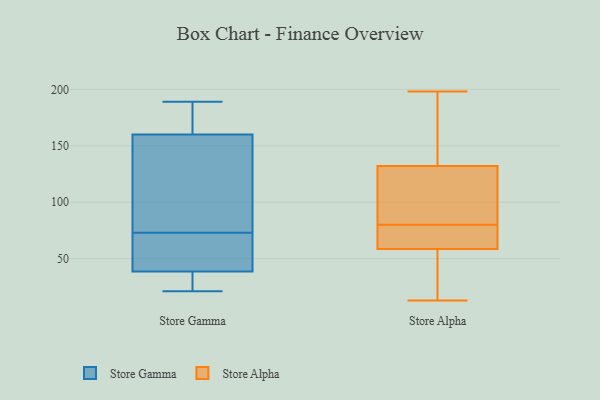
{"axis": {"x": "Population (Million)", "y": "Value"}, "legend": ["Store Alpha", "Store Gamma"], "data": [{"x": "", "y": 185, "type": "Store Gamma"}, {"x": "", "y": 105, "type": "Store Gamma"}, {"x": "", "y": 189, "type": "Store Gamma"}, {"x": "", "y": 148, "type": "Store Gamma"}, {"x": "", "y": 44, "type": "Store Gamma"}, {"x": "", "y": 21, "type": "Store Gamma"}, {"x": "", "y": 27, "type": "Store Gamma"}, {"x": "", "y": 56, "type": "Store Gamma"}, {"x": "", "y": 75, "type": "Store Gamma"}, {"x": "", "y": 71, "type": "Store Gamma"}, {"x": "", "y": 33, "type": "Store Gamma"}, {"x": "", "y": 172, "type": "Store Gamma"}, {"x": "", "y": 13, "type": "Store Alpha"}, {"x": "", "y": 24, "type": "Store Alpha"}, {"x": "", "y": 72, "type": "Store Alpha"}, {"x": "", "y": 74, "type": "Store Alpha"}, {"x": "", "y": 81, "type": "Store Alpha"}, {"x": "", "y": 16, "type": "Store Alpha"}, {"x": "", "y": 132, "type": "Store Alpha"}, {"x": "", "y": 198, "type": "Store Alpha"}, {"x": "", "y": 97, "type": "Store Alpha"}, {"x": "", "y": 79, "type": "Store Alpha"}, {"x": "", "y": 177, "type": "Store Alpha"}, {"x": "", "y": 111, "type": "Store Alpha"}, {"x": "", "y": 177, "type": "Store Alpha"}, {"x": "", "y": 132, "type": "Store Alpha"}, {"x": "", "y": 59, "type": "Store Alpha"}, {"x": "", "y": 72, "type": "Store Alpha"}, {"x": "", "y": 103, "type": "Store Alpha"}, {"x": "", "y": 58, "type": "Store Alpha"}, {"x": "", "y": 138, "type": "Store Alpha"}, {"x": "", "y": 36, "type": "Store Alpha"}]}